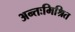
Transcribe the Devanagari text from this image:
अन्तःमिश्रित